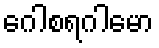
ဂေါစရဂါမော